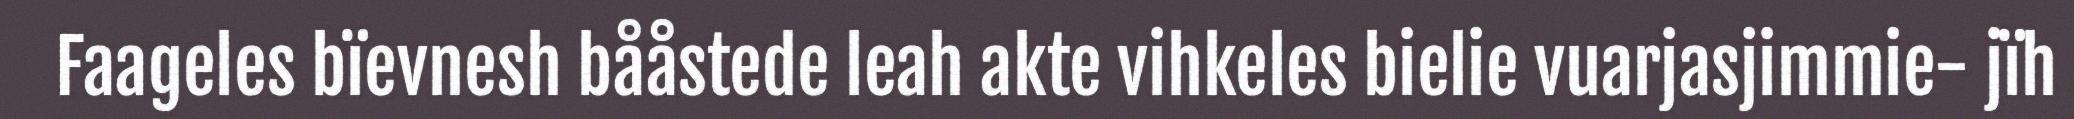
Faageles bïevnesh bååstede leah akte vihkeles bielie vuarjasjimmie- jïh